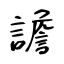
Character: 譫